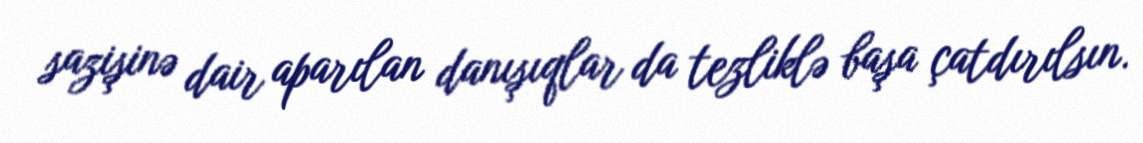
sazişinə dair aparılan danışıqlar da tezliklə başa çatdırılsın.